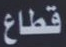
قطاع